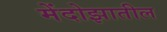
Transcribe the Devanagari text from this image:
मेंदोझातील